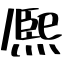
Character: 熈